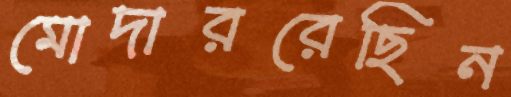
মোদাররেছিন